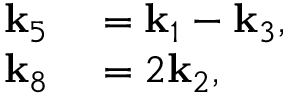
\begin{array} { r l } { \mathbf { k } _ { 5 } } & { { } = \mathbf { k } _ { 1 } - \mathbf { k } _ { 3 } , } \\ { \mathbf { k } _ { 8 } } & { { } = 2 \mathbf { k } _ { 2 } , } \end{array}